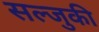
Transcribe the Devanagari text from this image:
सल्जुकी